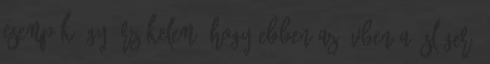
csempék Úgy érzékelem, hogy ebben az évben a "sláger"